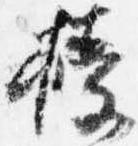
授